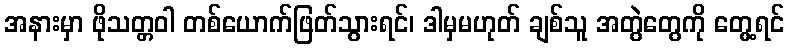
အနားမှာ ဖိုသတ္တဝါ တစ်ယောက်ဖြတ်သွားရင်၊ ဒါမှမဟုတ် ချစ်သူ အတွဲတွေကို တွေ့ရင်